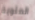
المئوية